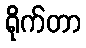
ရိုက်တာ